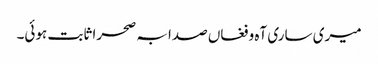
میری ساری آہ و فغاں صدا بہ صحرا ثابت ہوئی۔